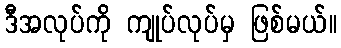
ဒီအလုပ်ကို ကျုပ်လုပ်မှ ဖြစ်မယ်။